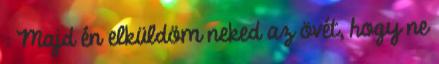
: Majd én elküldöm neked az övét, hogy ne